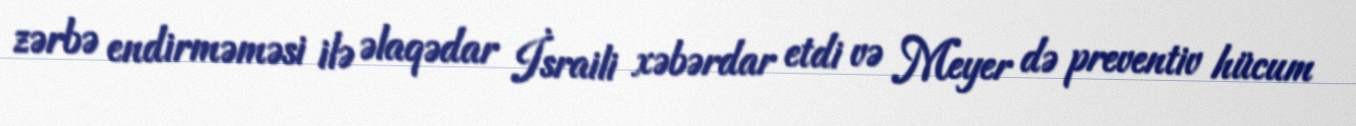
zərbə endirməməsi ilə əlaqədar İsraili xəbərdar etdi və Meyer də preventiv hücum